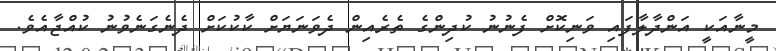
މީނާއަކީ އަންދާލާފައި ވަނިކޮށް ފެނުނު ކުދިންގެ ތެރެއިން ދެވަނަޔަށް ކާކުކަށް ދެނެގަނެވުނު ކުއްޖާއެވެ.